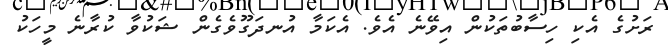
ރަށުގެ އެކި ހިސާބުތަކުން އިވޭނެ އެވެ. އެކަމާ އުނދަގޫވެގެން ޝަކުވާ ކުރާނެ މީހަކު